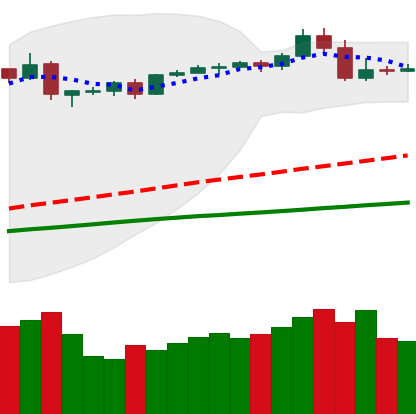
Ticker: BTC-USD
Chart end date: 2019-04-28
Forward return: 9.142%
Label: up_7plus